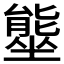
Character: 𭏿